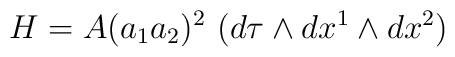
H=A(a_1a_2)^2\,\,(d\tau \wedge dx^1\wedge dx^2)